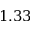
1 . 3 3